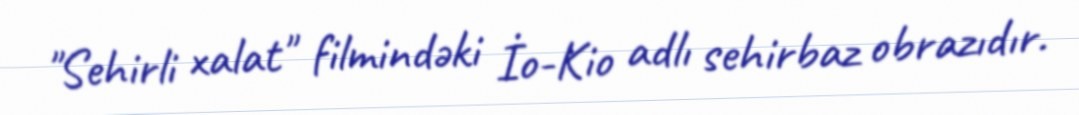
"Sehirli xalat" filmindəki İo-Kio adlı sehirbaz obrazıdır.